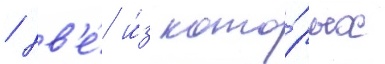
/ дв'е́ и́з кото́рых